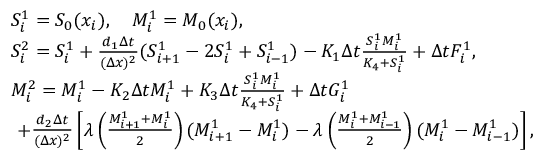
\begin{array} { r l } & { S _ { i } ^ { 1 } = S _ { 0 } ( x _ { i } ) , \quad M _ { i } ^ { 1 } = M _ { 0 } ( x _ { i } ) , } \\ & { S _ { i } ^ { 2 } = S _ { i } ^ { 1 } + \frac { d _ { 1 } \Delta t } { ( \Delta x ) ^ { 2 } } ( S _ { i + 1 } ^ { 1 } - 2 S _ { i } ^ { 1 } + S _ { i - 1 } ^ { 1 } ) - K _ { 1 } \Delta t \frac { S _ { i } ^ { 1 } M _ { i } ^ { 1 } } { K _ { 4 } + S _ { i } ^ { 1 } } + \Delta t F _ { i } ^ { 1 } , } \\ & { M _ { i } ^ { 2 } = M _ { i } ^ { 1 } - K _ { 2 } \Delta t M _ { i } ^ { 1 } + K _ { 3 } \Delta t \frac { S _ { i } ^ { 1 } M _ { i } ^ { 1 } } { K _ { 4 } + S _ { i } ^ { 1 } } + \Delta t G _ { i } ^ { 1 } } \\ & { \ + \frac { d _ { 2 } \Delta t } { ( \Delta x ) ^ { 2 } } \left[ \lambda \left( \frac { M _ { i + 1 } ^ { 1 } + M _ { i } ^ { 1 } } { 2 } \right) ( M _ { i + 1 } ^ { 1 } - M _ { i } ^ { 1 } ) - \lambda \left( \frac { M _ { i } ^ { 1 } + M _ { i - 1 } ^ { 1 } } { 2 } \right) ( M _ { i } ^ { 1 } - M _ { i - 1 } ^ { 1 } ) \right] , } \end{array}